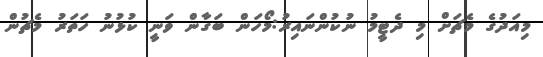
މިއަދުގެ މެޗަށް މި ދެޓީމު ނުކުންނައިރު:މޯހަން ބަގާން ވަނީ ކުޅުނު ހަތަރު މެޗުން